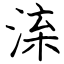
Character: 㳿